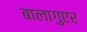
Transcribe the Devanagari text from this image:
बालागुएर